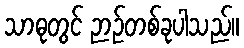
သာဓုတွင် ဉာဉ်တစ်ခုပါသည်။